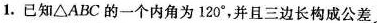
1.已知△ABC的一个内角为120°，并且三边长构成公差